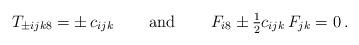
LaTeX: \begin{align*}\begin{array}{ccc}T_{\pm ijk8}=\pm\,c_{ijk}~~~&~\mbox{and}~&~~~F_{i8}\pm\frac{1}{2}c_{ijk}\,F_{jk}=0\,.\end{array}\end{align*}